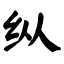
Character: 纵